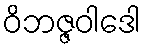
ဝိဘဇ္ဇဝါဒေါ